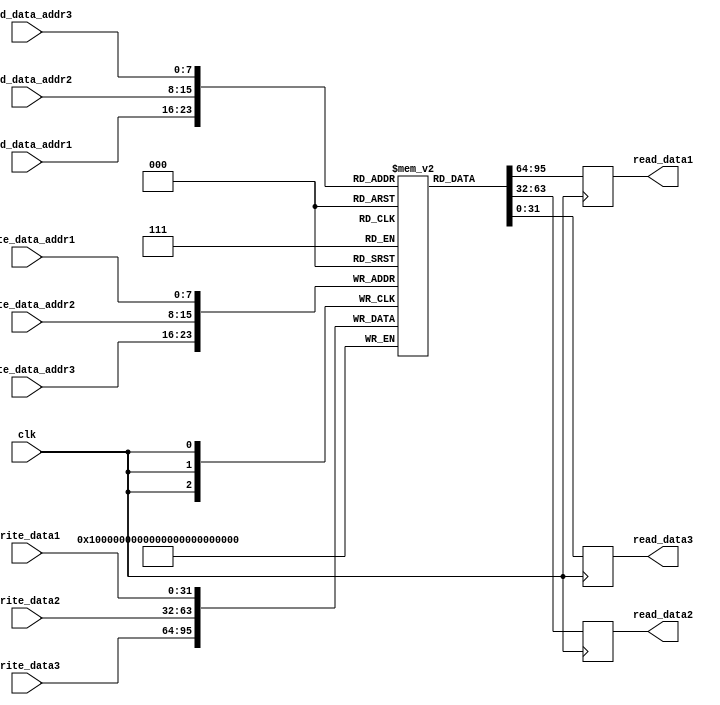
module register_file
(
    input wire clk, // clock signal
    input wire [7:0] read_data_addr1, // read address for port 1
    input wire [7:0] read_data_addr2, // read address for port 2
    input wire [7:0] read_data_addr3, // read address for port 3
    input wire [7:0] write_data_addr1, // write address for port 1
    input wire [7:0] write_data_addr2, // write address for port 2
    input wire [7:0] write_data_addr3, // write address for port 3
    input wire [31:0] write_data1, // data to be written to port 1
    input wire [31:0] write_data2, // data to be written to port 2
    input wire [31:0] write_data3, // data to be written to port 3
    output reg [31:0] read_data1, // data read from port 1
    output reg [31:0] read_data2, // data read from port 2
    output reg [31:0] read_data3 // data read from port 3
);

reg [31:0] mem [255:0]; // array of memory blocks

always @(posedge clk) begin
    read_data1 <= mem[read_data_addr1];
    read_data2 <= mem[read_data_addr2];
    read_data3 <= mem[read_data_addr3];
    
    mem[write_data_addr1] <= write_data1;
    mem[write_data_addr2] <= write_data2;
    mem[write_data_addr3] <= write_data3;
end

endmodule